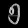
Digit: ၅